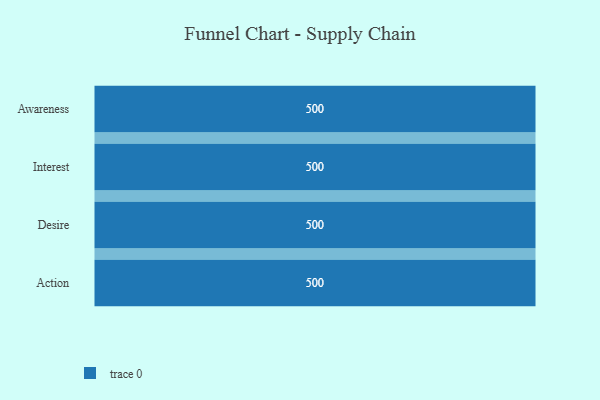
{"axis": {"x": "Stage", "y": "Value"}, "legend": [""], "data": [{"x": "Awareness", "y": 500, "type": ""}, {"x": "Interest", "y": 500, "type": ""}, {"x": "Desire", "y": 500, "type": ""}, {"x": "Action", "y": 500, "type": ""}]}